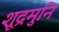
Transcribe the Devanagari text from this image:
शूद्रमुनि